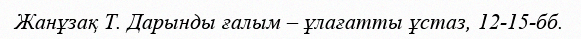
Жанұзақ Т. Дарынды ғалым – ұлағатты ұстаз, 12-15-бб.